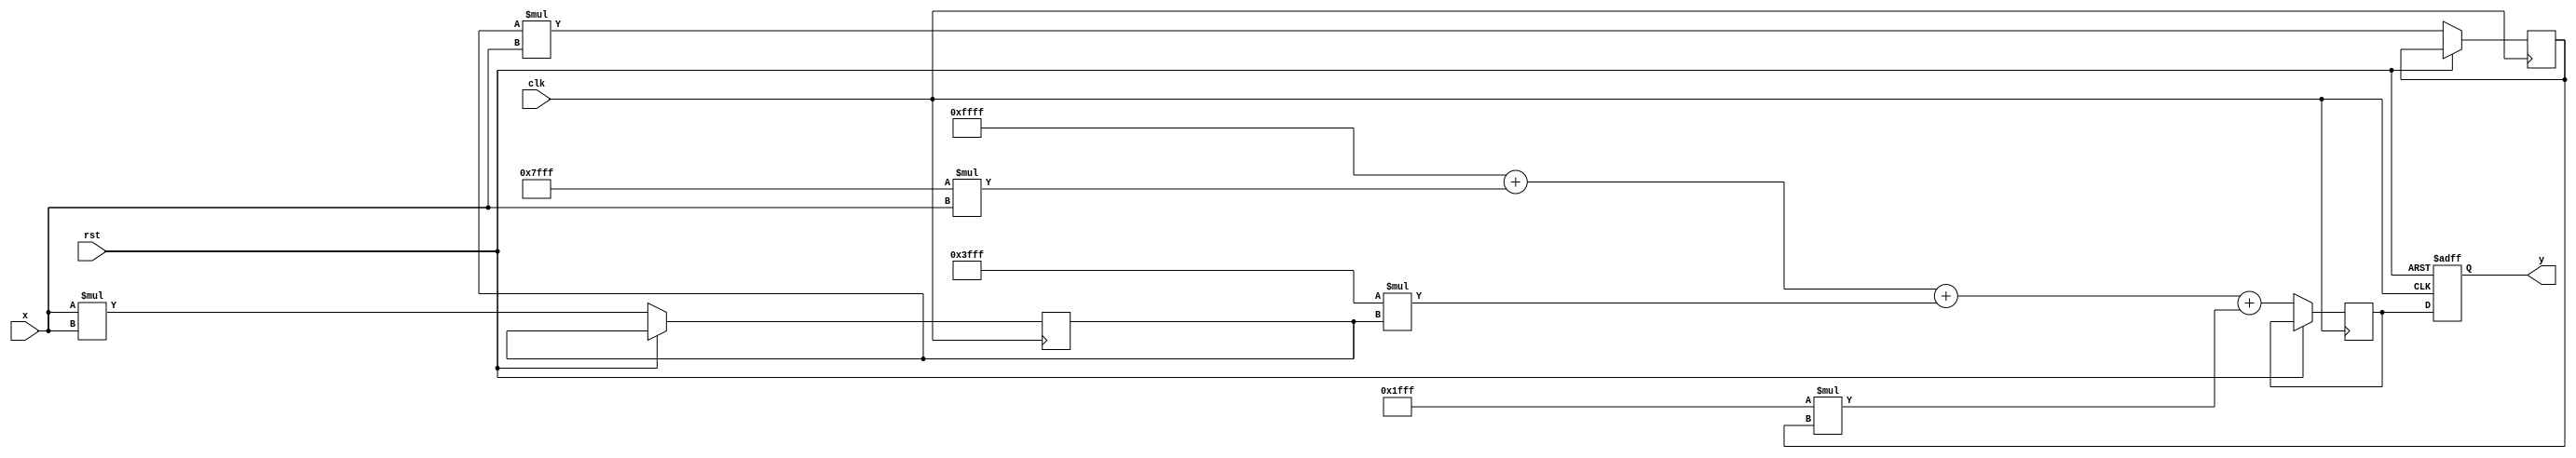
module poly_reciprocal (
    input wire [15:0] x,      // Input: Fixed-point number in range [0, 1]
    output reg [15:0] y,      // Output: Approximate reciprocal
    input wire clk,           // Clock signal
    input wire rst            // Reset signal
);

    // Polynomial coefficients for P(x) = c0 + c1*x + c2*x^2 + c3*x^3
    parameter c0 = 16'hFFFF;  // Example coefficient for x^0
    parameter c1 = 16'h7FFF;  // Example coefficient for x^1
    parameter c2 = 16'h3FFF;  // Example coefficient for x^2
    parameter c3 = 16'h1FFF;  // Example coefficient for x^3

    // Intermediate variables
    reg [15:0] x_squared;
    reg [15:0] x_cubed;
    reg [15:0] poly_result;

    always @(posedge clk or posedge rst) begin
        if (rst) begin
            y <= 16'b0;  // Reset output
        end else begin
            // Polynomial evaluation using Horner's method
            x_squared <= x * x;               // x^2
            x_cubed <= x_squared * x;         // x^3
            
            // P(x) = c0 + c1*x + c2*x^2 + c3*x^3
            poly_result <= c0 + (c1 * x) + (c2 * x_squared) + (c3 * x_cubed);
            
            // Output the polynomial result as the approximate reciprocal
            y <= poly_result;
        end
    end

endmodule